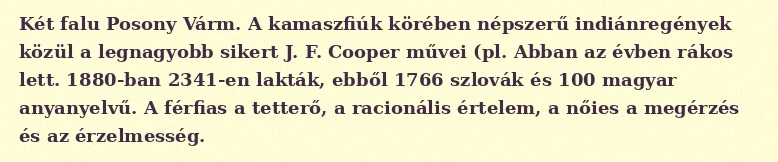
Két falu Posony Várm. A kamaszfiúk körében népszerű indiánregények közül a legnagyobb sikert J. F. Cooper művei (pl. Abban az évben rákos lett. 1880-ban 2341-en lakták, ebből 1766 szlovák és 100 magyar anyanyelvű. A férfias a tetterő, a racionális értelem, a nőies a megérzés és az érzelmesség.